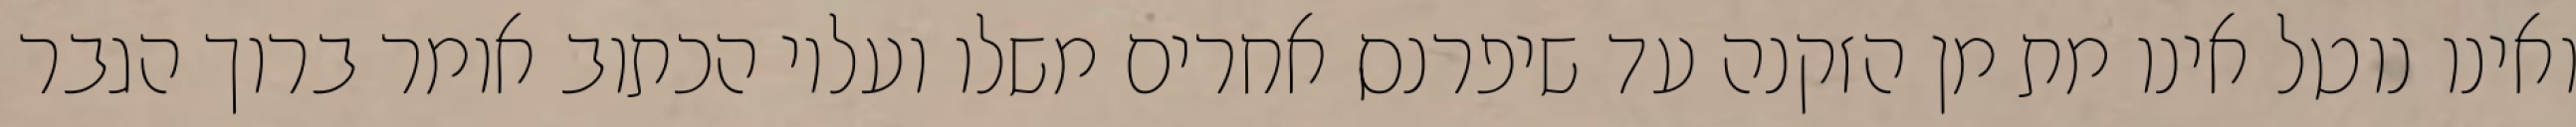
ואינו נוטל אינו מת מן הזקנה עד שיפרנס אחרים משלו ועליו הכתוב אומר ברוך הגבר